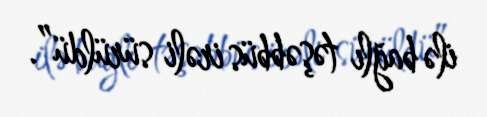
ilə bağlı təşəbbüs irəli sürüldü”.